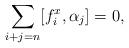
LaTeX: \begin{align*}\sum_{i+j=n}[f_i^x,\alpha_j]=0,\end{align*}